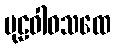
ပုဠဝါဝသထေ